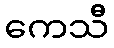
ကေသီ